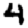
Digit: 4